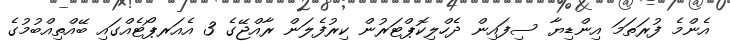
އެންމެ ފުރަތަމަ އިންޑިޔާ ސިފައިން ދެހްލިކޮޕްޓަރުން ކިރުފެލަން ރާއްޖޭގެ 3 އެއަރޕޯޓެއްގައި ބޭއްތިއްބުމުގެ